65_HS1-834228961_62-HQ-83894_Section_5
Agency: FBI
Page 111
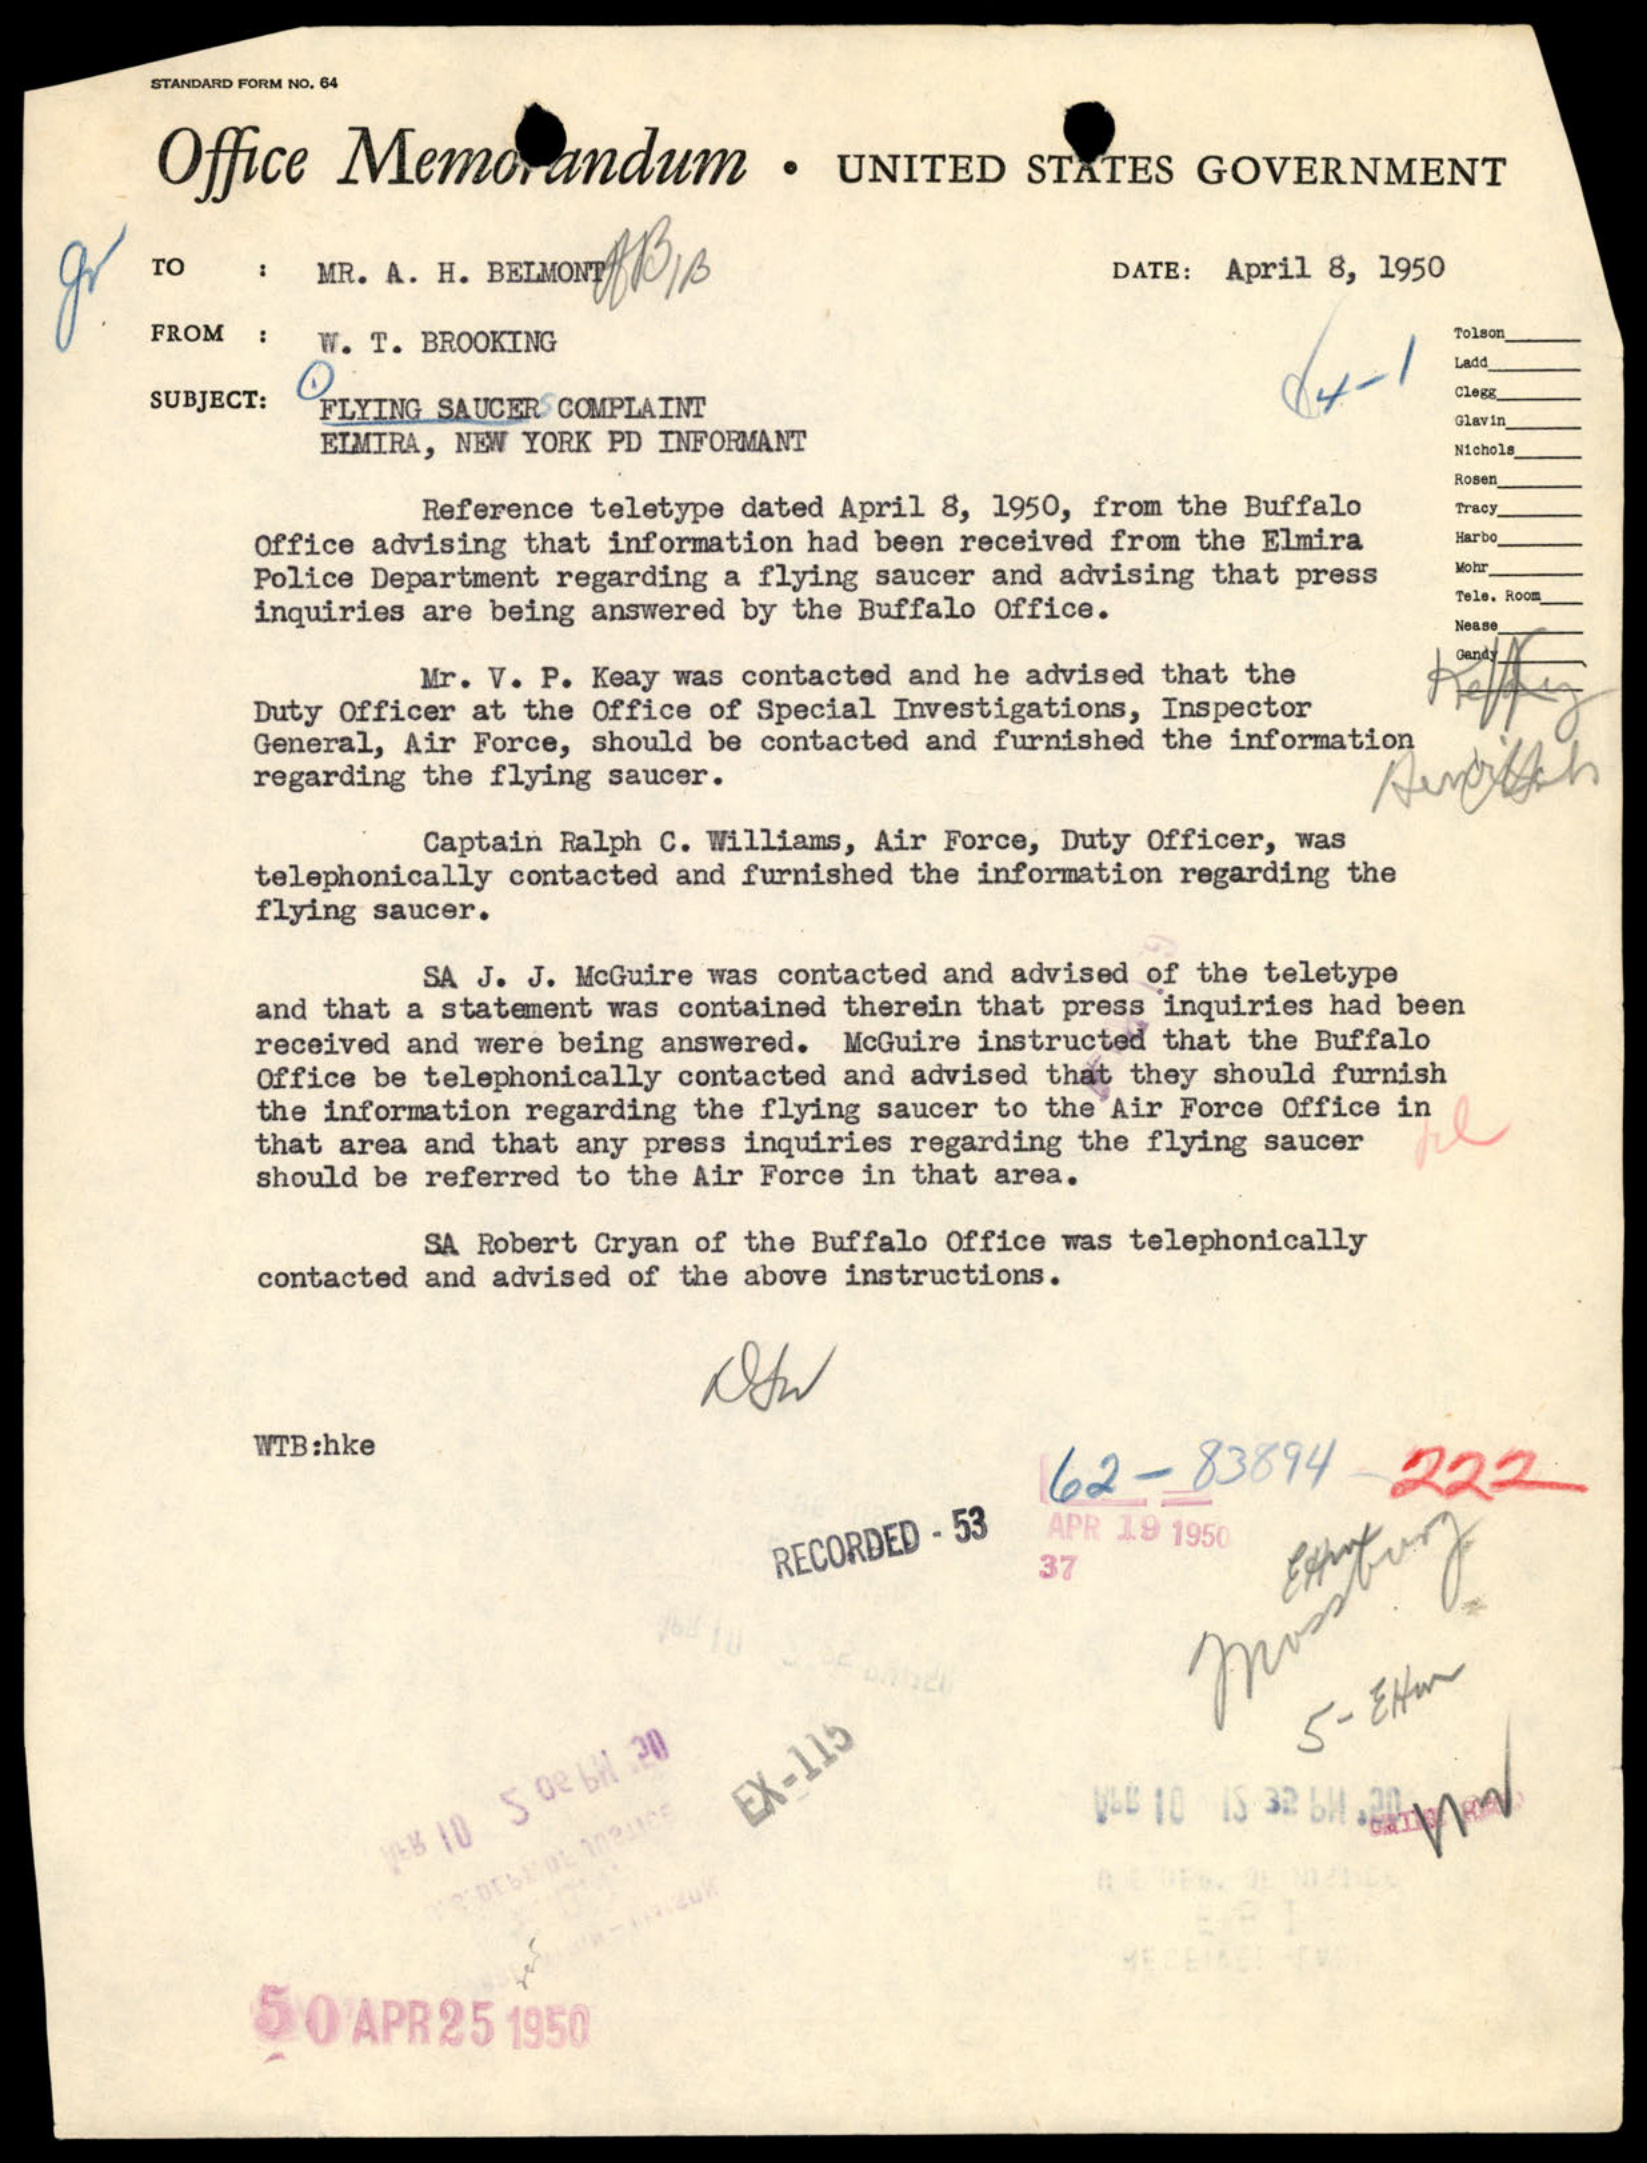